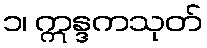
၁၊ ဣန္ဒကသုတ်